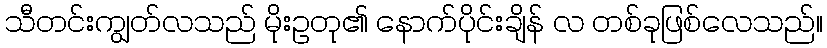
သီတင်းကျွတ်လသည် မိုးဥတု၏ နောက်ပိုင်းချိန် လ တစ်ခုဖြစ်လေသည်။